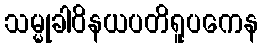
သမ္မုခါဝိနယပတိရူပကေန